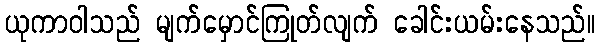
ယုကာဝါသည် မျက်မှောင်ကြုတ်လျက် ခေါင်းယမ်းနေသည်။